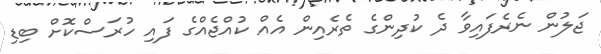
ޖަލުން ނެރެފައިވާ ދެ ކުދިންގެ ތެރެއިން އެއް ކުއްޖެއްގެ ފައި ހުރަސްކޮށް ބިޑި